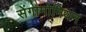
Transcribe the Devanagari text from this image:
सेंगामोनियन